画像に写った文字を読んでください
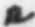
「ル」と書いてあります